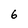
Character: 6